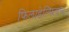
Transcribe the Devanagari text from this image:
फिलाडेल्फियंस